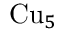
\mathrm { C u } _ { 5 }